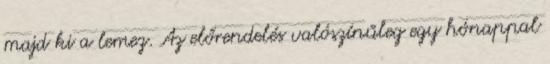
majd ki a lemez. Az előrendelés valószínűleg egy hónappal